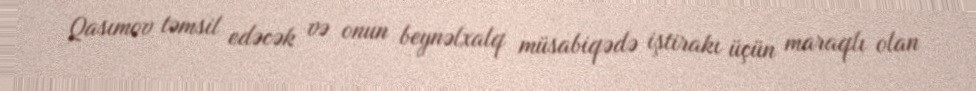
Qasımov təmsil edəcək və onun beynəlxalq müsabiqədə iştirakı üçün maraqlı olan